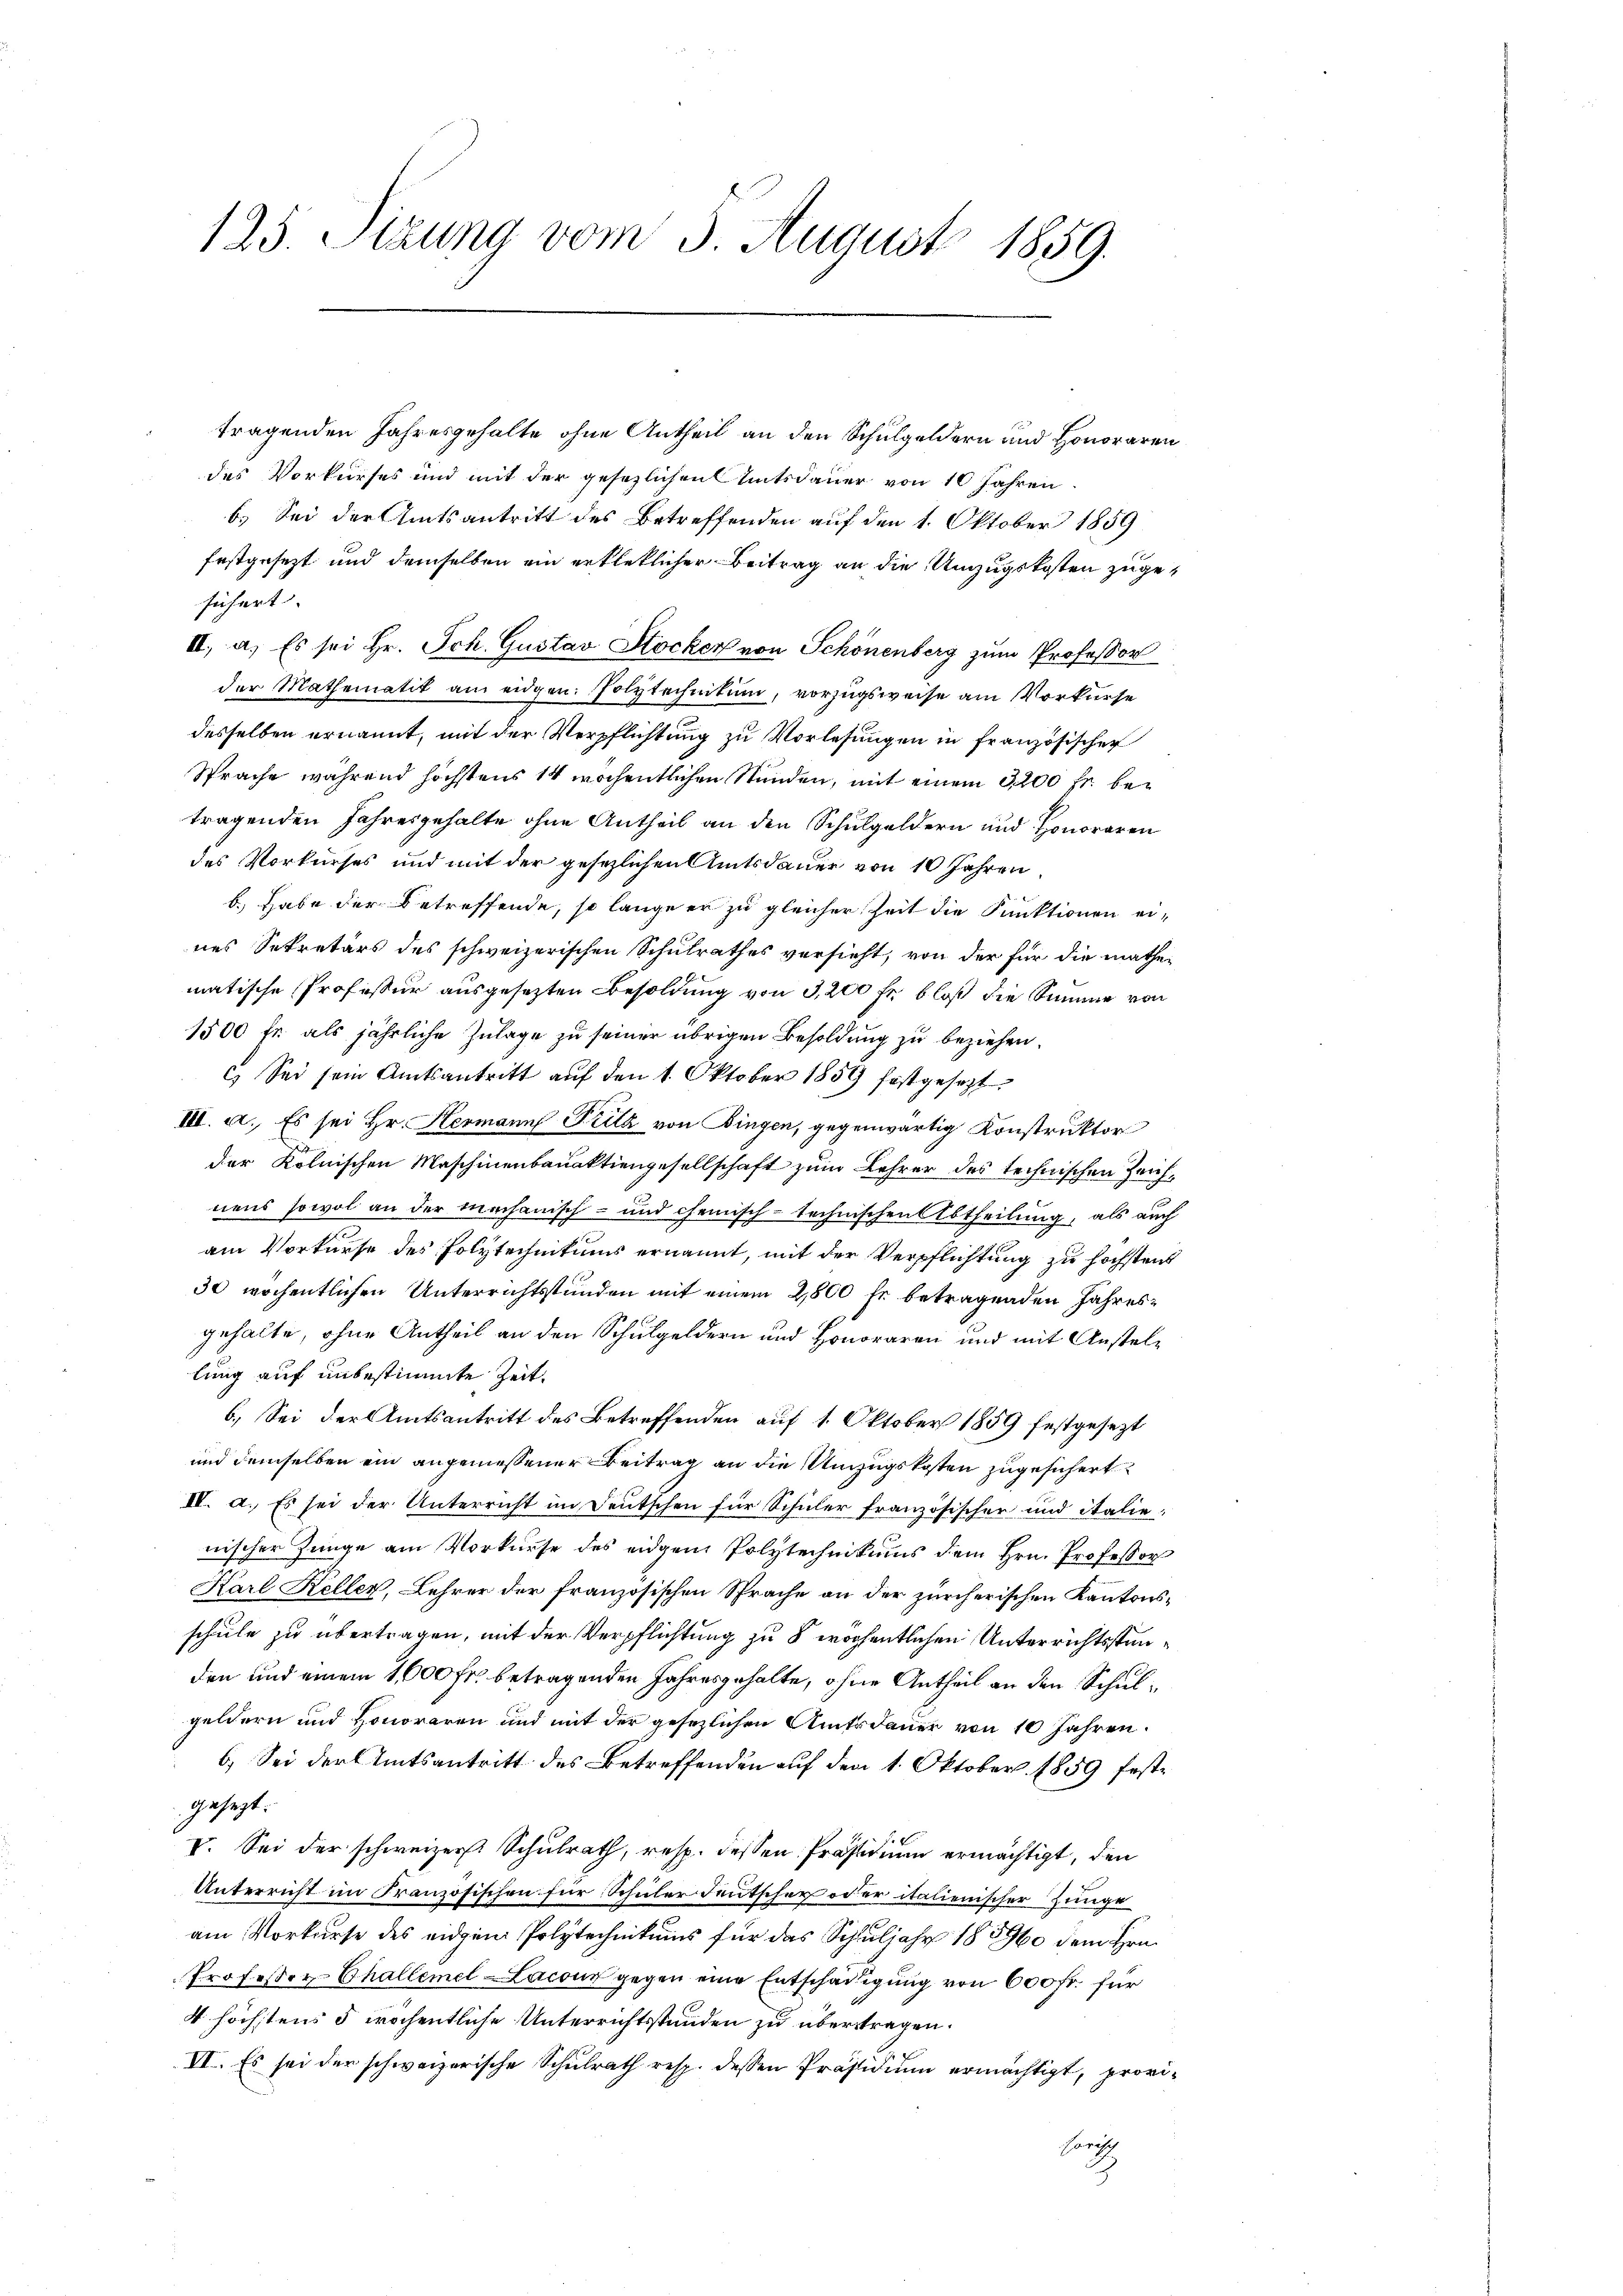
125. Sizung vom 5. August 1859.

tragenden Jahresgehalte ohne Antheil an den Schulgeldern und Honoraren
des Vorkurses und mit der gesezlichen Amtsdauer von 10 Jahren
b.) Sei der Amtsantritt des Betreffenden auf den 1. Oktober 1859
festgesezt und demselben ein erkletlicher Beitrag an die Umzugskosten zugesichert. |
II, a. Es sei Hr. Jch. Gustav Stocker von Schönenberg zum Professor
der Mathematik am eidgen: Polytechnikum, vorzugsweise am Vorkurse
desselben ernannt, mit der Verpflichtung zu Vorlesungen in französischen
Sprache während höchstens 14 wöchentlichen Stunden, mit einem 3200 fl betragenden Jahresgehalte ohne Antheil an den Schulgeldern und Honoraren
des Vorkurses und mit der gesetzlichen Amtsdauer von 10 Jahren
b.) Habe der betreffende, so lange er zu gleicher Zeit die Punktionen eines Sekretärs des schweizerischen Schulrathes versieht, von der für die mathematische Professur ausgesezten Besoldung von 3,200 fr bloß die Summe von
1500 fr. als jährliche Zulage zu seiner übrigen Besoldung zu beziehen.
c) Sei sein Amtsantritt auf den 1. Oktober 1859 festgesezt
III. a., Es sei Hr. Hermann Fritz von Bingen, gegenwärtig Konstruktor
der Kolnischen Maschinenbauaktiengesellschaft zum Lehrer des technischen Zeichnens sowol an der mechanisch- und chemisch-technischen Abtheilung, als auch
am Vorkurse des Polytechnikums ernannt, mit der Verpflichtung zu höchstens
30 wöchentlichen Unterrichtsstunden mit einem 2,800 fr betragenden Jahresgehalte, ohne Antheil an den Schulgeldern und Honoraren und mit Anstellung auf unbestimmte Zeit
6.) Sei der Amtsantritt des Betreffenden auf 1. Oktober 1859 festgesezt
und demselben ein angemessener Beitrag an die Umzugskosten zugesichert
IV. a. Es sei der Unterricht im Deutschen für Schüler französischer und italie
nischer Junge am Vorkurse des eidgem Polytechnikums dem Hrn. Professor
Karl Keller, Lehrer der französischen Sprache an der zürcherischen Kantonsschule zu übertragen, mit der Verpflichtung zu 8 wöchentlichen Unterrichtsstunden und einem 1,000 Fr. betragenden Jahresgehalte, ohne Antheil an den Schulgeldern und Honoraren und mit der gesetzlichen Amtsdauer von 10 Jahren.
6.) Sei der Amtsantritt des Betreffenden auf den 1. Oktober 1859 festgesezt.
V. Sei der schweizer. Schulrath, resp. dessen Präsidium ermächtigt, den
Unterricht im Französischen für Schüler deutscher oder italienischer Junge
am Vorkurse des eidgen Polytechnikums für das Schuljahr 1856 dem Hrn.
Professor Challemel-Lacour gegen eine Entschädigung von 600 fr. für
4 höchstens 5 wöchentliche Unterrichtsstunden zu übertragen.
VI. Es sei der schweizerische Schulrath resp. dessen Präsidium ermächtigt, provi¬
Chorisch